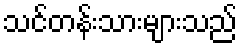
သင်တန်းသားများသည်